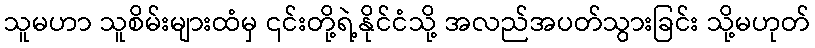
သူမဟာ သူစိမ်းများထံမှ ၎င်းတို့ရဲ့နိုင်ငံသို့ အလည်အပတ်သွားခြင်း သို့မဟုတ်